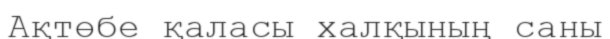
Ақтөбе қаласы халқының саны